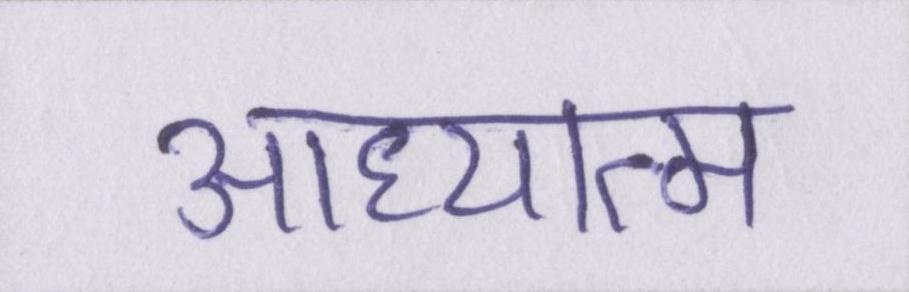
आध्यात्म